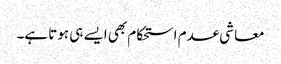
معاشی عدم استحکام بھی ایسے ہی ہوتا ہے۔